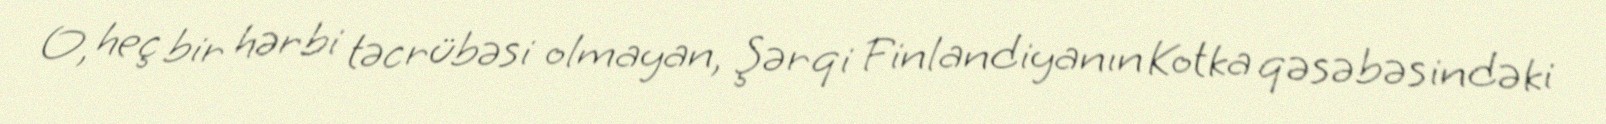
O, heç bir hərbi təcrübəsi olmayan, Şərqi Finlandiyanın Kotka qəsəbəsindəki